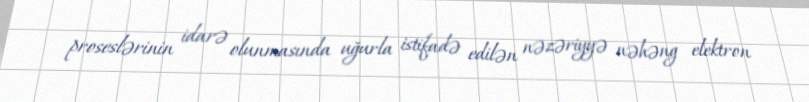
proseslərinin idarə olunmasında uğurla istifadə edilən nəzəriyyə nəhəng elektron